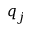
q _ { j }